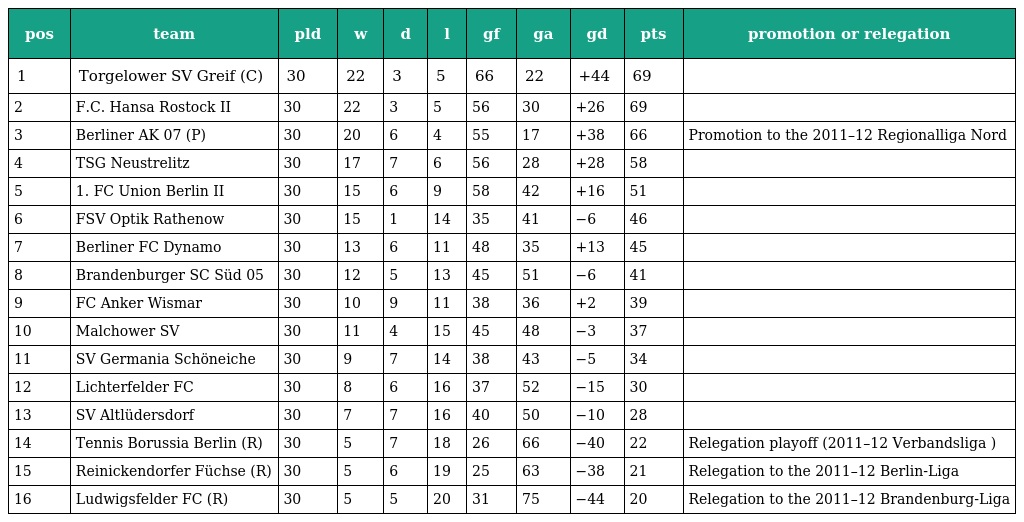
| pos | team | pld | w | d | l | gf | ga | gd | pts | promotion or relegation |
 | --- | --- | --- | --- | --- | --- | --- | --- | --- | --- | --- |
 | 1 | Torgelower SV Greif (C) | 30 | 22 | 3 | 5 | 66 | 22 | +44 | 69 |  |
 | 2 | F.C. Hansa Rostock II | 30 | 22 | 3 | 5 | 56 | 30 | +26 | 69 |  |
 | 3 | Berliner AK 07 (P) | 30 | 20 | 6 | 4 | 55 | 17 | +38 | 66 | Promotion to the 2011–12 Regionalliga Nord |
 | 4 | TSG Neustrelitz | 30 | 17 | 7 | 6 | 56 | 28 | +28 | 58 |  |
 | 5 | 1. FC Union Berlin II | 30 | 15 | 6 | 9 | 58 | 42 | +16 | 51 |  |
 | 6 | FSV Optik Rathenow | 30 | 15 | 1 | 14 | 35 | 41 | −6 | 46 |  |
 | 7 | Berliner FC Dynamo | 30 | 13 | 6 | 11 | 48 | 35 | +13 | 45 |  |
 | 8 | Brandenburger SC Süd 05 | 30 | 12 | 5 | 13 | 45 | 51 | −6 | 41 |  |
 | 9 | FC Anker Wismar | 30 | 10 | 9 | 11 | 38 | 36 | +2 | 39 |  |
 | 10 | Malchower SV | 30 | 11 | 4 | 15 | 45 | 48 | −3 | 37 |  |
 | 11 | SV Germania Schöneiche | 30 | 9 | 7 | 14 | 38 | 43 | −5 | 34 |  |
 | 12 | Lichterfelder FC | 30 | 8 | 6 | 16 | 37 | 52 | −15 | 30 |  |
 | 13 | SV Altlüdersdorf | 30 | 7 | 7 | 16 | 40 | 50 | −10 | 28 |  |
 | 14 | Tennis Borussia Berlin (R) | 30 | 5 | 7 | 18 | 26 | 66 | −40 | 22 | Relegation playoff (2011–12 Verbandsliga ) |
 | 15 | Reinickendorfer Füchse (R) | 30 | 5 | 6 | 19 | 25 | 63 | −38 | 21 | Relegation to the 2011–12 Berlin-Liga |
 | 16 | Ludwigsfelder FC (R) | 30 | 5 | 5 | 20 | 31 | 75 | −44 | 20 | Relegation to the 2011–12 Brandenburg-Liga |